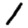
Digit: 1